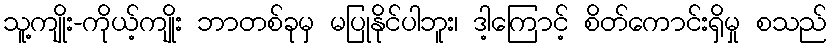
သူ့ကျိုး-ကိုယ့်ကျိုး ဘာတစ်ခုမှ မပြုနိုင်ပါဘူး၊ ဒါ့ကြောင့် စိတ်ကောင်းရှိမှု စသည်